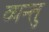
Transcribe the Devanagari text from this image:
व्यन्तु